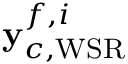
{ \mathbf { y } } _ { c , \mathrm { W S R } } ^ { f , i }